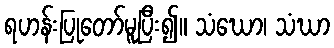
ရဟန်းပြုတော်မူပြီး၍။ သံဃော၊ သံဃာ